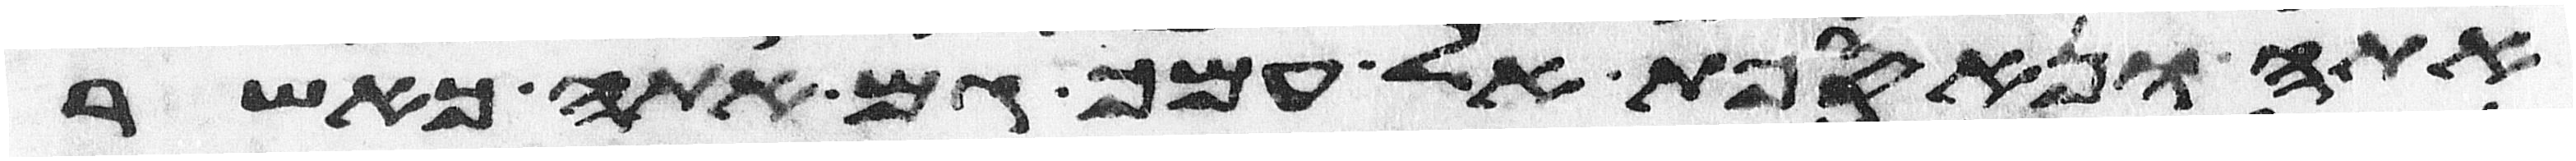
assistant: אתה ונאספת אל עמך גם אתה כאשר